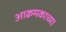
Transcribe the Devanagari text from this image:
आक्रमकाच्या